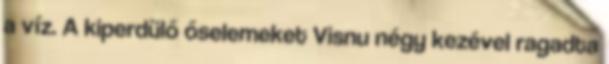
a víz. A kiperdülő őselemeket Visnu négy kezével ragadta